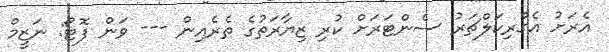
އެރަށު އެގްރިކަލްޗަރު ސެންޓަރަށް ކުރި ޒިޔާރަތުގެ ތެރެއިން --- ވަން ފޮޓޯ: ނަޒީމް